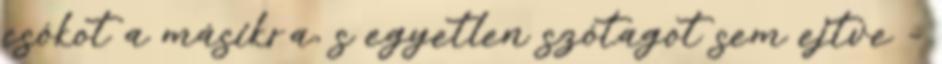
csókot a másikra, s egyetlen szótagot sem ejtve -